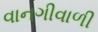
વાનગીવાળી